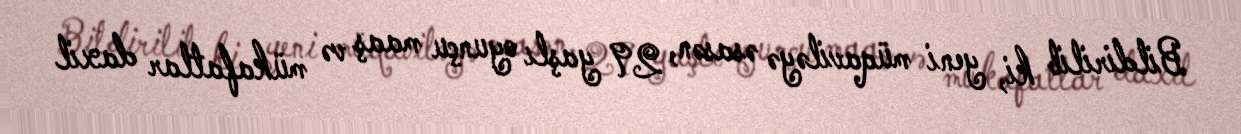
Bildirilib ki, yeni müqaviləyə əsasən, 29 yaşlı oyunçu maaş və mükafatlar daxil